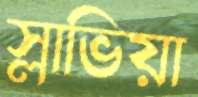
স্লাভিয়া